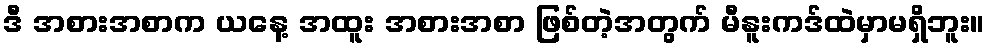
ဒီ အစားအစာက ယနေ့ အထူး အစားအစာ ဖြစ်တဲ့အတွက် မီနူးကဒ်ထဲမှာမရှိဘူး။